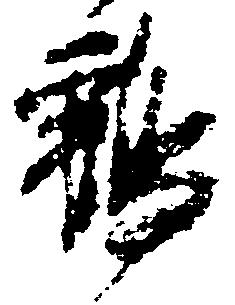
鶴